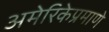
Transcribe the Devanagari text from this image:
अमेरिकेप्रमाणे